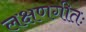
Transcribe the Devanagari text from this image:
लक्षणगीतः